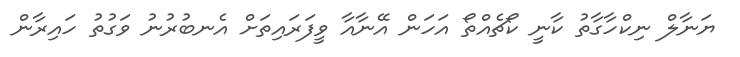
ޔަނާލް ނިކްހާގާތު ކާނީ ކޯޗެއްތޯ އަހަން އޭނާއާ ވީފަރައިތަށް އެނބުރުނު ވަގުތު ހައިރާން